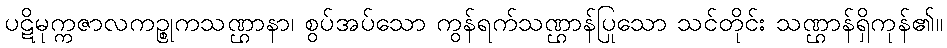
ပဋိမုက္ကဇာလကဉ္စုကသဏ္ဌာနာ၊ စွပ်အပ်သော ကွန်ရက်သဏ္ဌာန်ပြုသော သင်တိုင်း သဏ္ဌာန်ရှိကုန်၏။